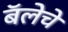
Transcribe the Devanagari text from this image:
बॅलेचे